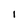
Character: I